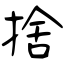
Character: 捨